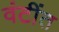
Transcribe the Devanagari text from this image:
वंटींत